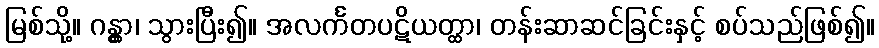
မြစ်သို့။ ဂန္တွာ၊ သွားပြီး၍။ အလင်္ကတပဋိယတ္ထာ၊ တန်းဆာဆင်ခြင်းနှင့် စပ်သည်ဖြစ်၍။